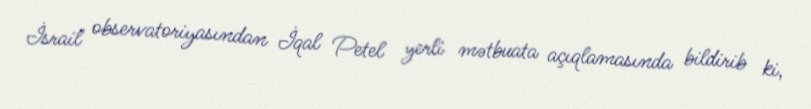
İsrail observatoriyasından İqal Petel yerli mətbuata açıqlamasında bildirib ki,